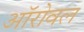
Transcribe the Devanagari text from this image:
ऑरोवल